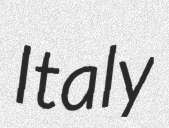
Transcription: Italy